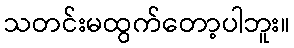
သတင်းမထွက်တော့ပါဘူး။